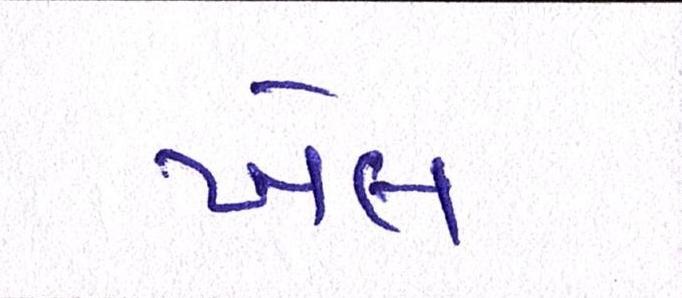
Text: ખેલ